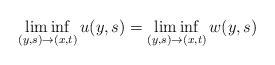
LaTeX: \begin{align*} \liminf_{(y,s)\to(x,t)}u(y,s)=\liminf_{(y,s)\to(x,t)}w(y,s)\end{align*}